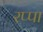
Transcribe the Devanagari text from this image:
रप्पा